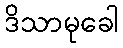
ဒိသာမုခေါ